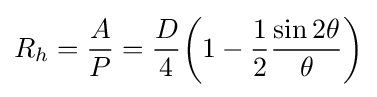
R_{h}={\frac {A}{P}}={\frac {D}{4}}{\biggl (}1-{\frac {1}{2}}{\frac {\sin 2\theta }{\theta }}{\biggr )}